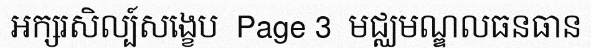
អក្សរសិល្ប៍សង្ខេប  Page 3  មជ្ឈមណ្ឌលធនធាន